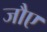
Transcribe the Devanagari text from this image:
जौए